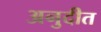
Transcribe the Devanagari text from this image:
अनुदीत